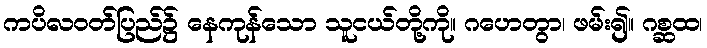
ကပိလဝတ်ပြည်၌ နေကုန်သော သူငယ်တို့ကို။ ဂဟေတွာ၊ ဖမ်း၍။ ဂစ္ဆထ၊